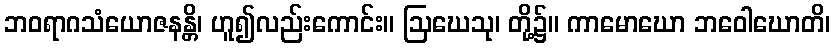
ဘဝရာဂသံယောဇနန္တိ၊ ဟူ၍လည်းကောင်း။ ဩဃေသု၊ တို့၌။ ကာမောဃော ဘဝေါဃောတိ၊